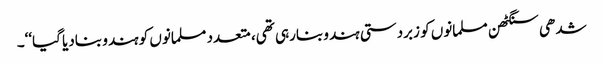
شدھی سنگٹھن مسلمانوں کو زبردستی ہندو بنارہی تھی، متعدد مسلمانوں کو ہندو بنادیا گیا‘‘۔